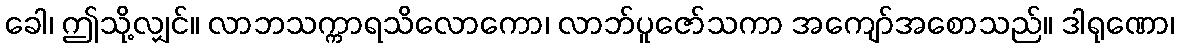
ခေါ၊ ဤသို့လျှင်။ လာဘသက္ကာရသိလောကော၊ လာဘ်ပူဇော်သကာ အကျော်အစောသည်။ ဒါရုဏော၊